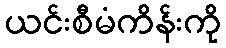
ယင်းစီမံကိန်းကို